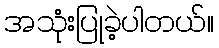
အသုံးပြုခဲ့ပါတယ်။